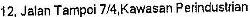
12,JALAN TAMPOI 7/4,KAWASAN PERINDUSTRIAN